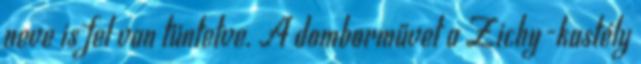
neve is fel van tüntetve. A domborművet a Zichy-kastély